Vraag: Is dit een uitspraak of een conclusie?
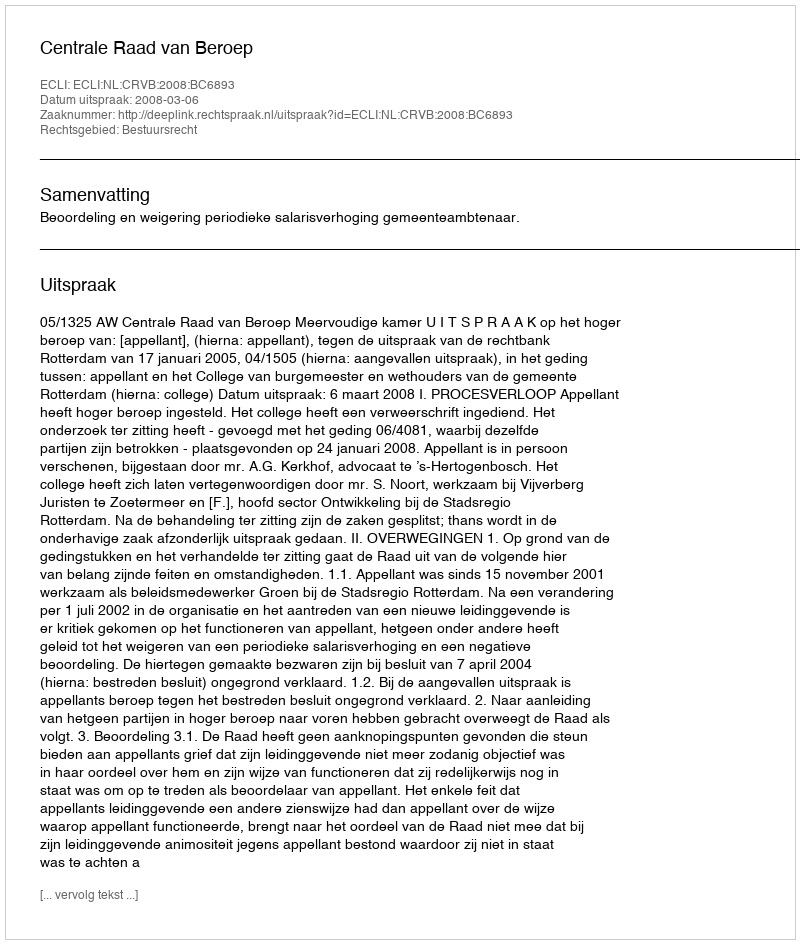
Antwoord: Uitspraak